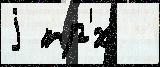
j тр'́х